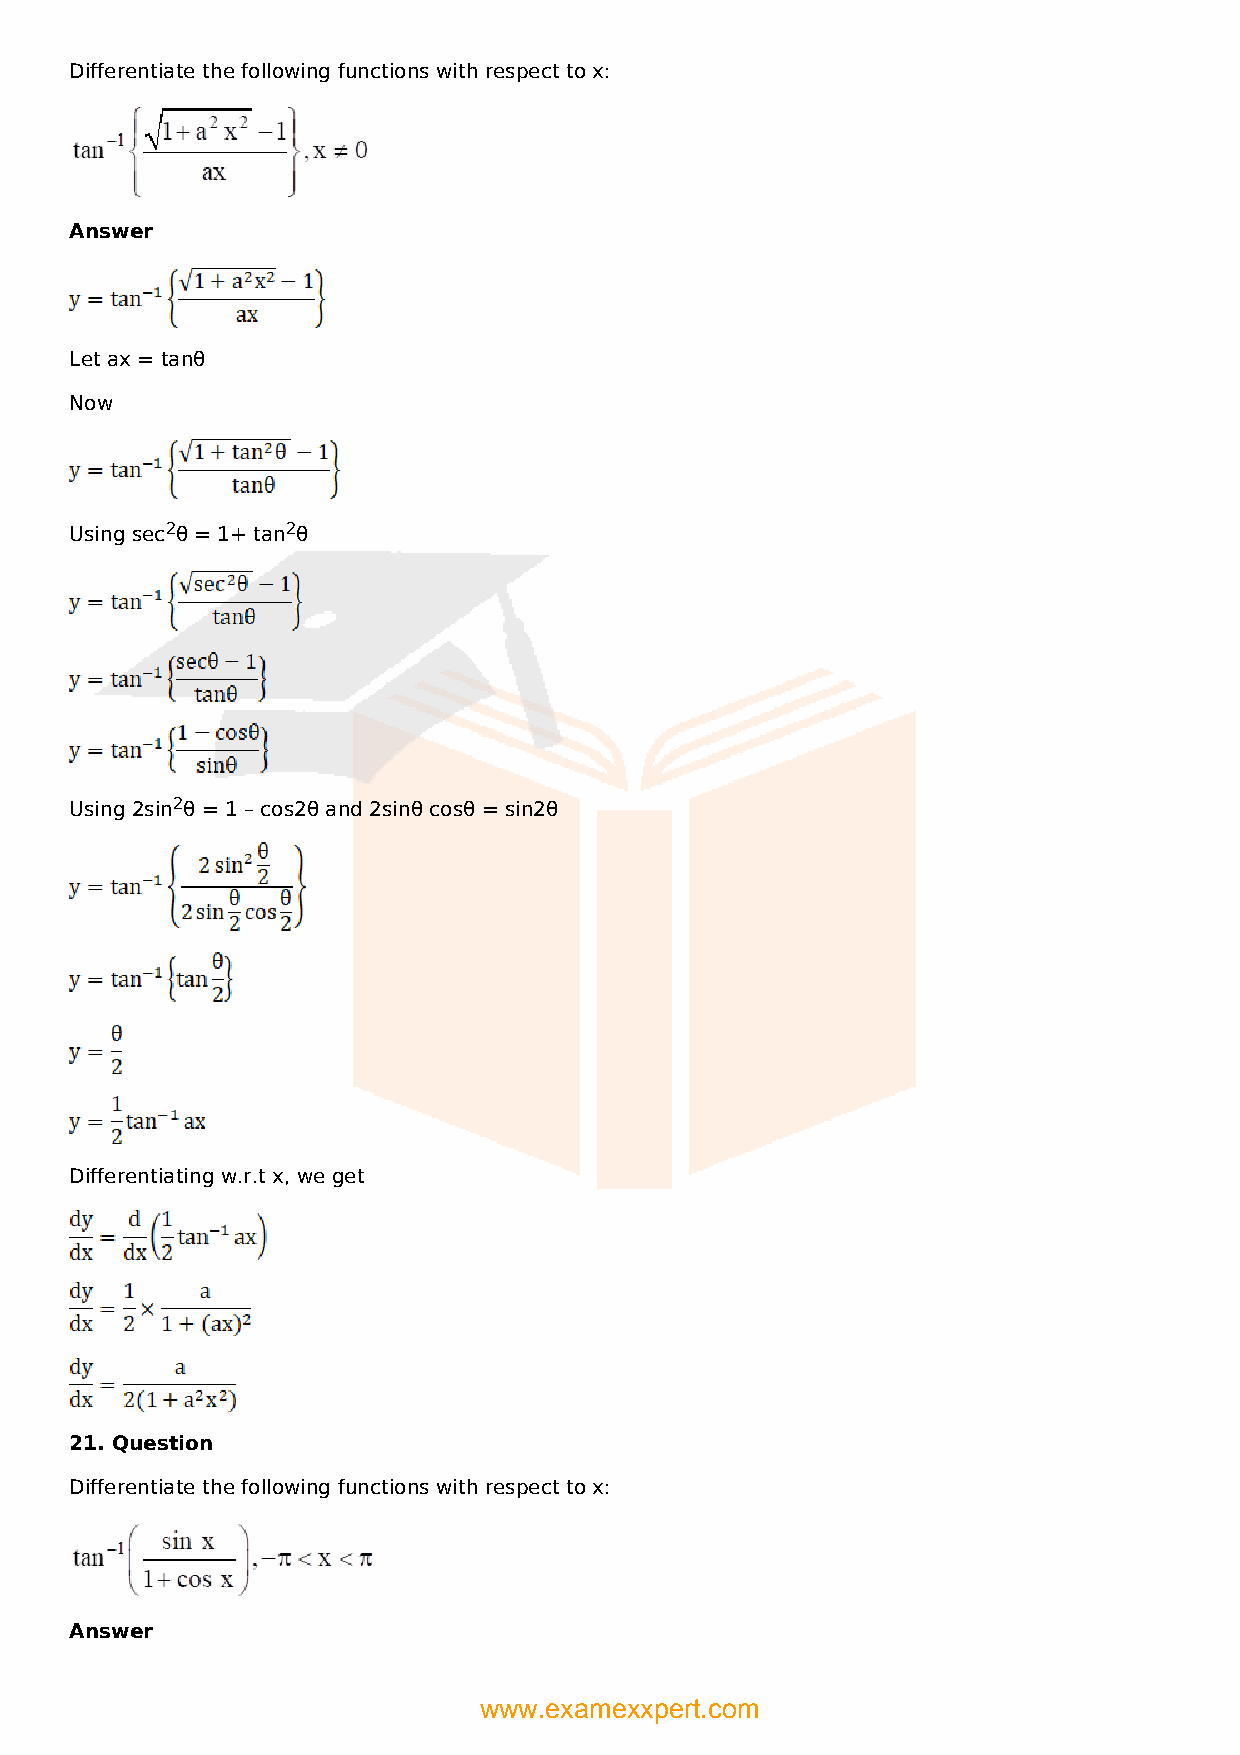
Differentiate the following functions with respect to x:
 Answer
 Let ax = tanθ
 Now
 Using sec2θ = 1+ tan2θ
 Using 2sin2θ = 1 – cos2θ and 2sinθ cosθ = sin2θ
 Differentiating w.r.t x, we get
 21. Question
 Differentiate the following functions with respect to x:
 Answer
 www.examexxpert.com